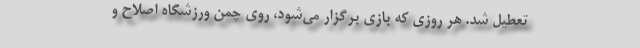
تعطیل شد. هر روزی که بازی برگزار می‌شود، روی چمن ورزشگاه اصلاح و